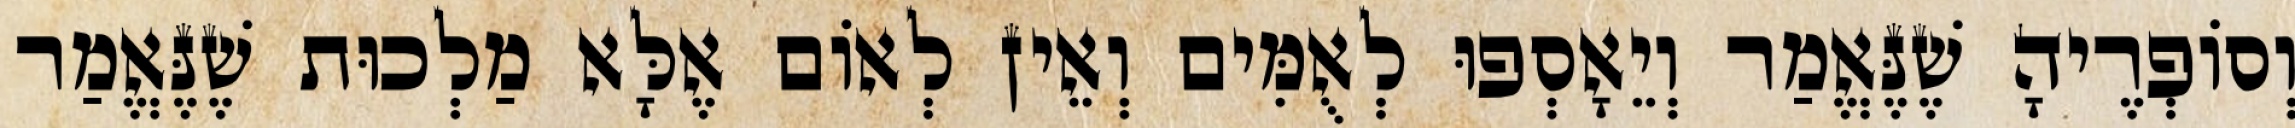
וְסוֹפְרֶיהָ שֶׁנֶּאֱמַר וְיֵאָסְפוּ לְאֻמִּים וְאֵין לְאוֹם אֶלָּא מַלְכוּת שֶׁנֶּאֱמַר